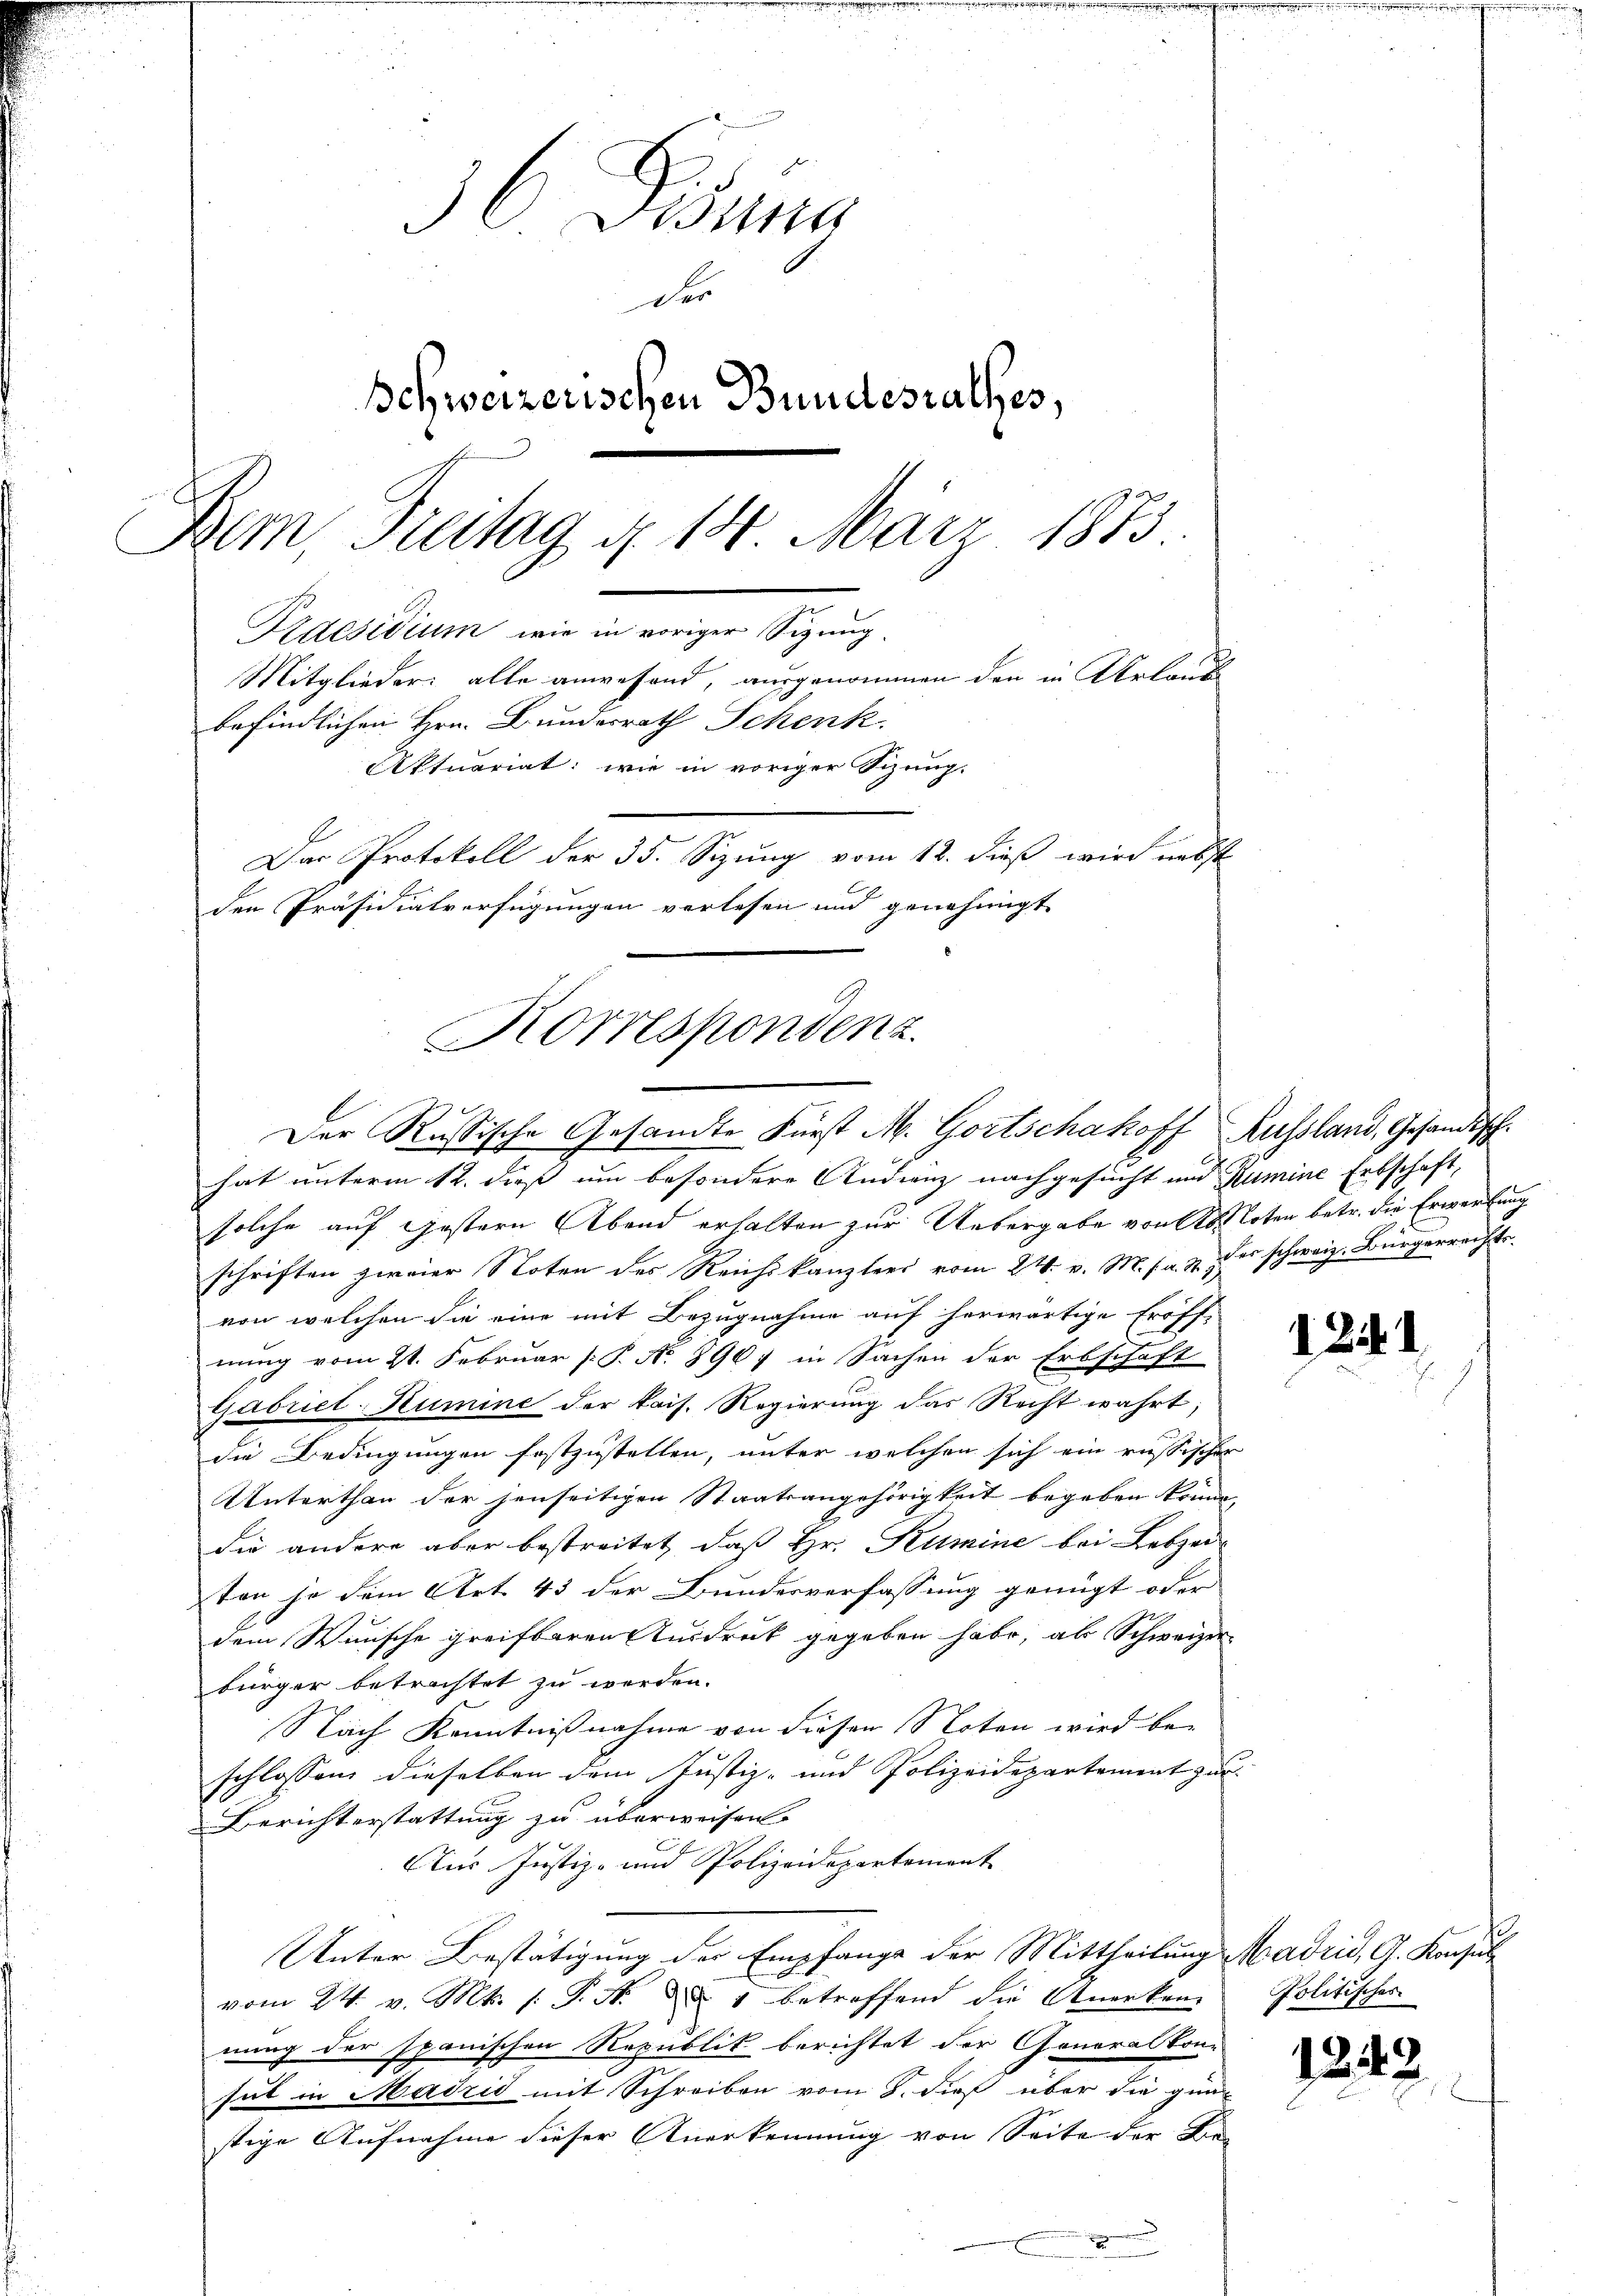
36 Donna
Der
Schweizerischen Bundesrathes,
Bem, Freitag d. 14. März 1873
Praesidium, wie in voriger Sizung.
Mitglieder alle anwesend, ausgenommen den in Urlaub
befindlichen Hrn. Bundesrath Schenk.

Korrespondenz.
Der Russische Gesandte Fürst M. Gortschakoff Russland, Gesandisch¬

Aktuariat: wie in voriger Sitzung.
Das Protokoll der 35. Sizung vom 12. dieß wird nebst
den Präsidialverfügungen verlesen und genehmigt

hat unterm 12. dieß um besondere Andrenz nachgesucht und Rumine Erbschaft,
solche auf gestern Abend erhalten zur Uebergabe von Alloten betr. die Erwerbung
schriften zweier Noten des Reichskanzlers vom 24. v. M. fr. 3 der schweiz. Bürgerrechts-
von welchen die eine mit Bezugnahme auf herwärtige Eröff-
l
nung vom 21. Februar [ P. No. 8907 in Sachen der Erbschaft
Gabriel Rumine der kais. Regierung das Recht wahrt;
die Bedingungen festzustellen, unter welchen sich ein russischer
Unterthan der jenseitigen Staatsangehörigkeit begeben könne,
die andere aber bestreitet, daß Hr. Kumine bei Lebze
ten je dem Art. 43 der Bundesverfassung genügt oder
dem Wunsche greifbaren Ausdruck gegeben habe, als Schweizer
bürger betrachtet zu werden.
Nach Kenntnißnahme von diesen Noten wird beschlossen dieselben dem Justiz- und Polizeidepartement zur
Berichterstattung zu überweisen.
Aur Justiz- und Polizeidepartement
Unter Bestätigung der Empfange der Mittheilung Madrid, G. Konsul
vom 24. v. Mts. /: P. Nr. 1 betreffend die Anerken- Politischer
nung der spanischen Republik berichtet der Generalkon-
sit in Madzić mit Schreiben vom 8. dieß über die quastige Aufnahme dieser Anerkennung von Seite der Be-
2

1241

1242